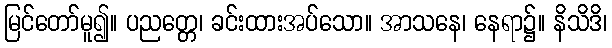
မြင်တော်မူ၍။ ပညတ္တေ၊ ခင်းထားအပ်သော။ အာသနေ၊ နေရာ၌။ နိသိဒိ၊